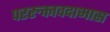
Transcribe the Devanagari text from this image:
पररुक्तावदाभास